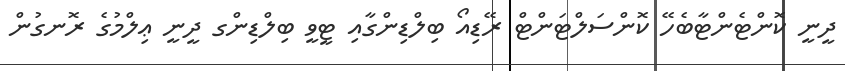
ދީނީ ކޮންޓެންޓާބެހޭ ކޮންސަލްޓަންޓް ރޭޑިއޯ ބިލްޑިންގާއި ޓީވީ ބިލްޑިންގ ދީނީ ޢިލްމުގެ ރޮނގުން